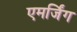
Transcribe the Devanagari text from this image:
एमर्जिंग